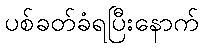
ပစ်ခတ်ခံရပြီးနောက်